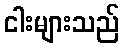
ငါးများသည်